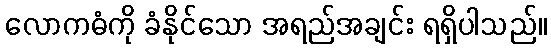
လောကဓံကို ခံနိုင်သော အရည်အချင်း ရရှိပါသည်။